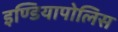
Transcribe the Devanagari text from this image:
इण्डियापोलिस